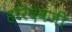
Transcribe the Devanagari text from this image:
हरिदेवजी